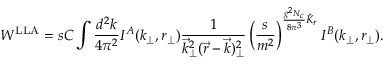
W ^ { \mathrm { L L A } } = s { \cal C } \int { \frac { d ^ { 2 } k } { 4 \pi ^ { 2 } } } I ^ { A } ( k _ { \perp } , r _ { \perp } ) { \frac { 1 } { \vec { k } _ { \perp } ^ { 2 } ( \vec { r } - \vec { k } ) _ { \perp } ^ { 2 } } } \left( { \frac { s } { m ^ { 2 } } } \right) ^ { { \frac { g ^ { 2 } N _ { c } } { 8 \pi ^ { 3 } } } \hat { K } _ { r } } I ^ { B } ( k _ { \perp } , r _ { \perp } ) .